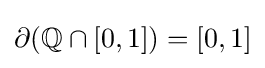
\partial (\mathbb {Q} \cap [0,1])=[0,1]